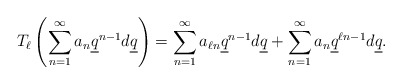
\begin{align*} T_\ell \left( \sum_{n=1}^\infty a_n \underline{q}^{n-1} d \underline{q} \right) = \sum_{n = 1}^\infty a_{\ell n} \underline{q}^{n-1}d \underline{q} + \sum_{n=1}^\infty a_n \underline{q}^{\ell n-1} d\underline{q}. \end{align*}